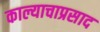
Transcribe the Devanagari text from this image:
काल्याचाप्रसाद